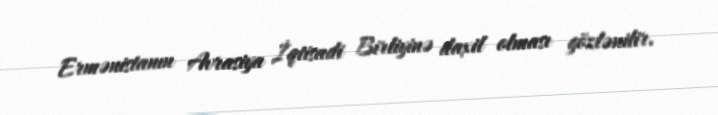
Ermənistanın Avrasiya İqtisadi Birliyinə daxil olması gözlənilir.